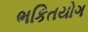
ભકિતયોગ